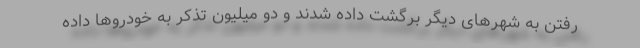
رفتن به شهرهای دیگر برگشت داده شدند و دو میلیون تذکر به خودروها داده